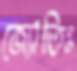
জ্যোতিঃ